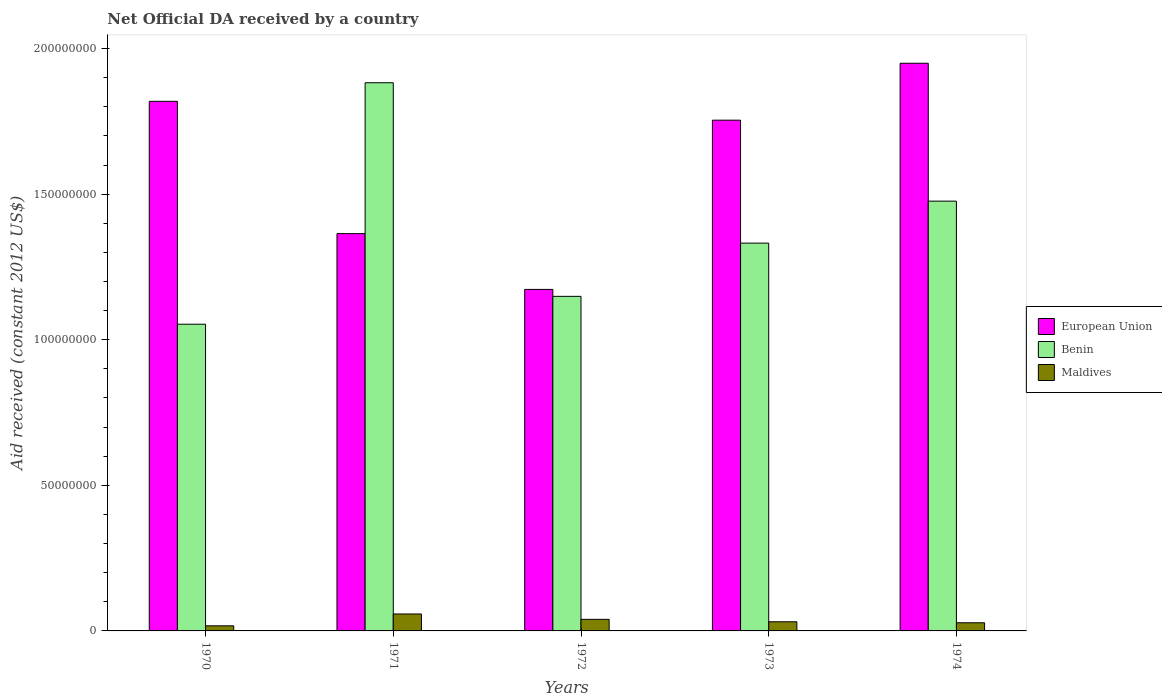
| Years | European Union | Benin | Maldives |
 | --- | --- | --- | --- |
 | 1970 | 1.82e+08 | 1.05e+08 | 1.75e+06 |
 | 1971 | 1.36e+08 | 1.88e+08 | 5.82e+06 |
 | 1972 | 1.17e+08 | 1.15e+08 | 3.98e+06 |
 | 1973 | 1.75e+08 | 1.33e+08 | 3.14e+06 |
 | 1974 | 1.95e+08 | 1.48e+08 | 2.8e+06 |